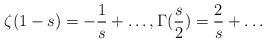
LaTeX: \begin{align*}\zeta(1-s) = -\frac{1}{s}+\dots,\Gamma(\frac{s}{2}) = \frac{2}{s}+\dots\end{align*}